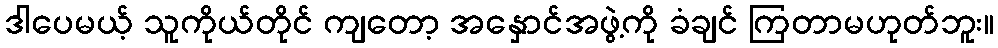
ဒါပေမယ့် သူကိုယ်တိုင် ကျတော့ အနှောင်အဖွဲ့ကို ခံချင် ကြတာမဟုတ်ဘူး။